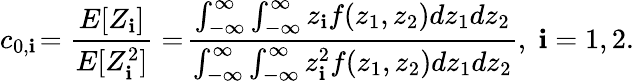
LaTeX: c_{0,\mathbf{i}}\! =\frac{{E[Z_{\mathbf{i}}]}}{{E[Z_{\mathbf{i}}^{2}]}}=\! \frac{{\int_{-\infty}^{\infty}\int_{-\infty}^{\infty}z_{\mathbf{i}}f(z_{1},z_{2})dz_{1}dz_{2}}}{{\int_{-\infty}^{\infty}\int_{-\infty}^{\infty}z_{\mathbf{i}}^{2}f(z_{1},z_{2})dz_{1}dz_{2}}},\; \mathbf{i}=1,2.